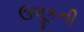
ઉલૂકની